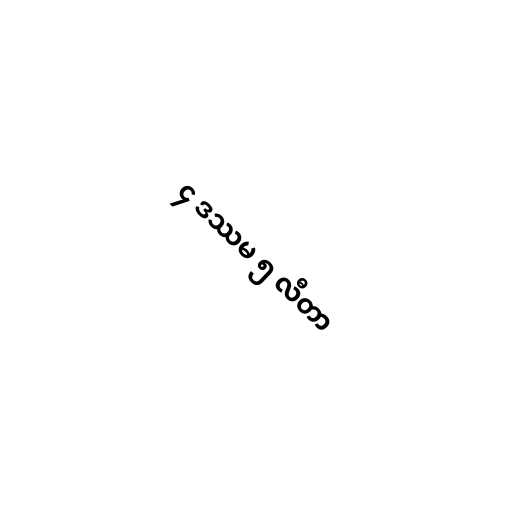
၄ ဒဿမ ၅ လီတာ